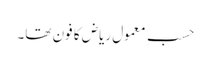
حسبِ معمول ریاض کا فون تھا۔